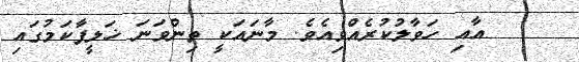
އާއި ހަވާލުކުރެއްވިއެވެ. މާނައަކީ ތިންވަނަ ޚަލީފާކަމުގައި